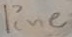
Text: line